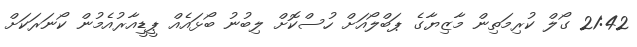
21:42 ގޯލް ކުރިމަތިން މާޒިޔާގެ ޕަބްލޯއަށް ހުސްކޮށް ލިބުނު ބޯޅައެއް ޕީޑީއާރުއެމުން ކޯނަރަކަށް